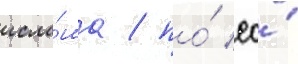
исла́ма / по́ ео́